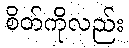
စိတ်ကိုလည်း